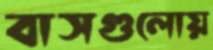
বাসগুলোয়